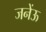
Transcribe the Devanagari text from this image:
जनेंऊ